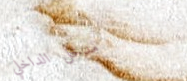
مدخل الداخلي